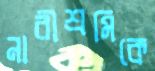
নারীশ্রমিকে